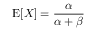
\operatorname { E } [ X ] = { \frac { \alpha } { \alpha + \beta } }